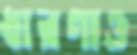
ধারণাও